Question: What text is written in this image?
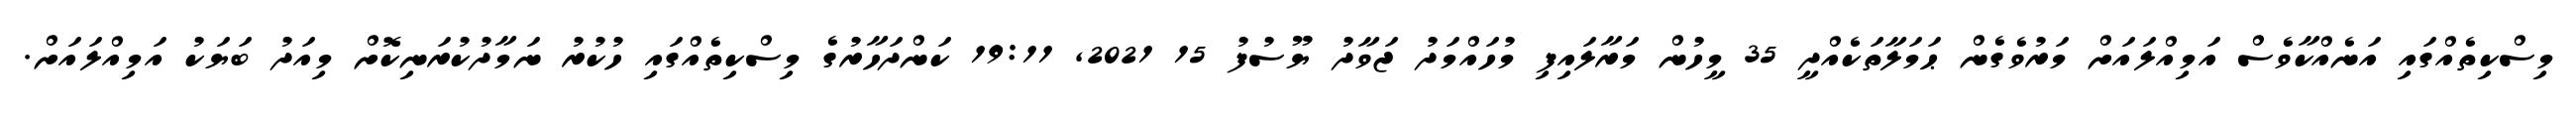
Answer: މިސްކިތެއްގައި އަނެއްކާވެސް އަމިއްލައަށް މަރުވެގެން ޙަމަލާތަކެއްދީ 35 މީހުން މަރާލައިފި މުހައްމަދު ޖަވާދު ޔޫސުފު 15 2021, 19:11 ކަންދަހާރުގެ މިސްކިތެއްގައި ހުކުރު ނަމާދުކުރަނިކޮށް މިއަދު ބަޔަކު އަމިއްލައަށް.